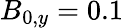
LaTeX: B_{0,y}=0.1